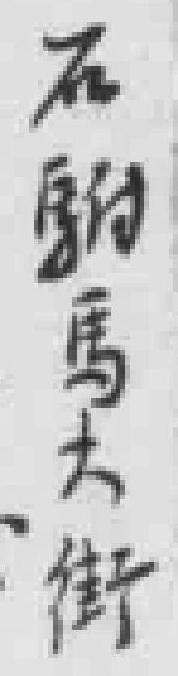
石駙馬大街